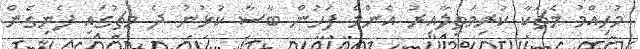
މުހިއްމު މެޗަކާ ކުރިމަތިލާއިރު އެންމެ ފަހުން ބާސާ ކުޅުނު ދެ މެޗުގައި ފެނިގެން